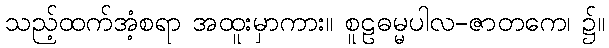
သည့်ထက်အံ့စရာ အထူးမှာကား။ စူဠဓမ္မပါလ-ဇာတကေ၊ ၌။